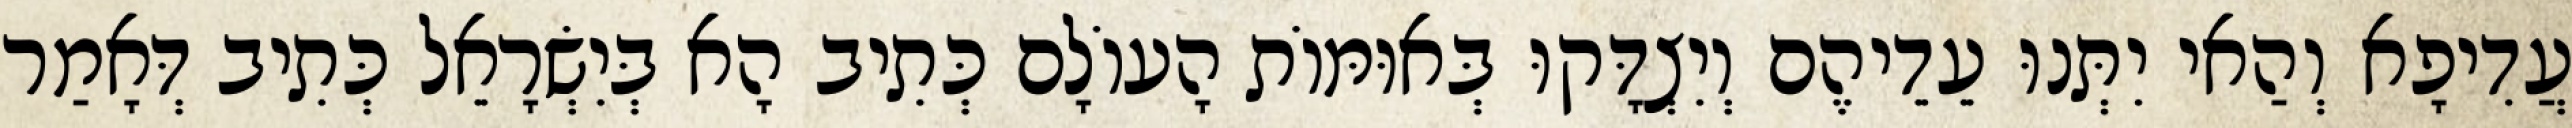
עֲדִיפָא וְהַאי יִתְּנוּ עֵדֵיהֶם וְיִצְדָּקוּ בְּאוּמּוֹת הָעוֹלָם כְּתִיב הָא בְּיִשְׂרָאֵל כְּתִיב דְּאָמַר